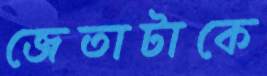
জেতাটাকে